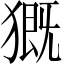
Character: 𤡚